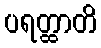
ပရတ္ထာတိ